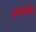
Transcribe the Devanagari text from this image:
नाट्यरूढ़ियाँ